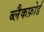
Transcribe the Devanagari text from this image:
ब्लैकफ़ोर्ड